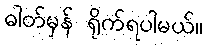
ဓါတ်မှန် ရိုက်ရပါမယ်။